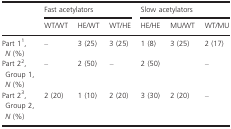
<table><thead><tr><td></td><td colspan="3"><b>Fast acetylators</b></td><td colspan="3"><b>Slow acetylators</b></td></tr><tr><td></td><td><b>WT/WT</b></td><td><b>HE/WT</b></td><td><b>WT/HE</b></td><td><b>HE/HE</b></td><td><b>MU/WT</b></td><td><b>WT/MU</b></td></tr></thead><tbody><tr><td>Part 11, <i>N</i> (%)</td><td>–</td><td>3 (25)</td><td>3 (25)</td><td>1 (8)</td><td>3 (25)</td><td>2 (17)</td></tr><tr><td>Part 22, Group 1, <i>N</i> (%)</td><td>–</td><td>2 (50)</td><td>–</td><td>2 (50)</td><td></td><td>–</td></tr><tr><td>Part 23, Group 2, <i>N</i> (%)</td><td>2 (20)</td><td>1 (10)</td><td>2 (20)</td><td>3 (30)</td><td>2 (20)</td><td>–</td></tr></tbody></table>